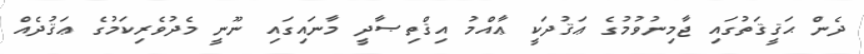
ދެން ޙަޤީޤަތުގައި ޖާމިނުވުމުގެ ޢަޤުދަކީ ޢާއްމު އިޤްތިޞާދީ މާނައިގައި ނޫނީ މެދުވެރިކަމުގެ ޢަޤުދެއް